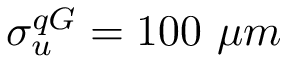
\sigma _ { u } ^ { q G } = 1 0 0 \ \mu m